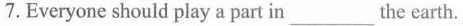
7.Everyone should play a part in_the earth.